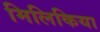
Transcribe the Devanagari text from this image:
मिलिकिया